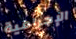
الإجرامية